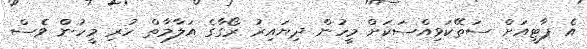
އެ ޕާޓީއަށް ސަތޭކަވިއްސަކަށް މީހުން ދިޔައިރު ރޯގާގެ އަލާމާތް ހުރި މީހުން ވެސް